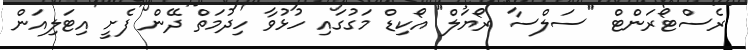
ރެސްޓޯރަންޓް "ސަލްސާ ރޯޔަލް" އޯކިޑް މަގުގައި ހުޅުވާ ހިދުމަތް ދޭން ފެށީ އިޓަލިއަން